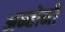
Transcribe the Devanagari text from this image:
अन्होनी